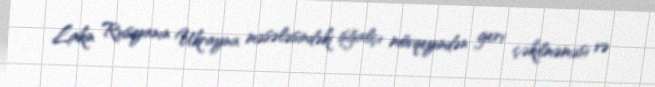
Lakin Rusiyanın Ukrayna məsələsindəki işğalçı mövqeyindən geri çəkilməməsi və